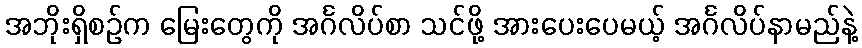
အဘိုးရှိစဉ်က မြေးတွေကို အင်္ဂလိပ်စာ သင်ဖို့ အားပေးပေမယ့် အင်္ဂလိပ်နာမည်နဲ့